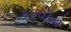
કરવીનો